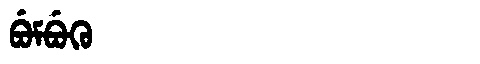
Manchu: ᠪᡠᠮᠪᡠᡴᡠ
Romanization: BUMBUKU